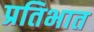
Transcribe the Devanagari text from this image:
प्रतिभात